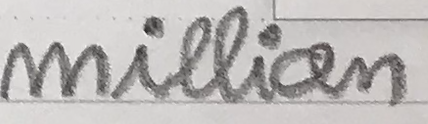
million